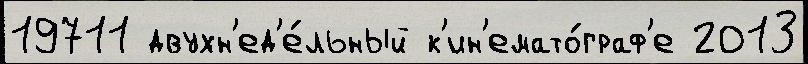
19711 двухн'ед'е́льный к'ин'емато́граф'е 2013